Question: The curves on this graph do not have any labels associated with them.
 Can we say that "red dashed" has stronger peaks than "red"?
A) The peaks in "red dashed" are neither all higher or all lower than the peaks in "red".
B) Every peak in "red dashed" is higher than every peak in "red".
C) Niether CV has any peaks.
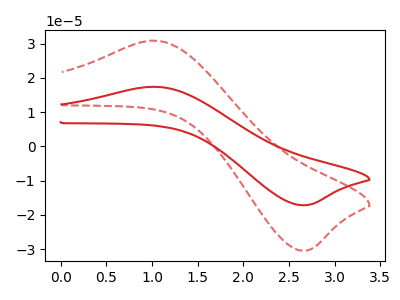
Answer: <think>The red curve "red" has an anodic peak at (1.00V, 17.40uA) and a cathodic peak at (2.65V, -17.20uA). The red dashed curve "red dashed" has an anodic peak at (1.00V, 30.85uA) and a cathodic peak at (2.65V, -30.45uA).</think>
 <answer>B) Every peak in "red dashed" is higher than every peak in "red".</answer>
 <eval>B</eval>